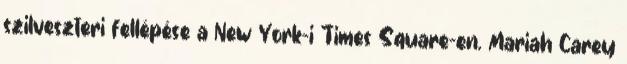
szilveszteri fellépése a New York-i Times Square-en. Mariah Carey